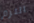
الترم